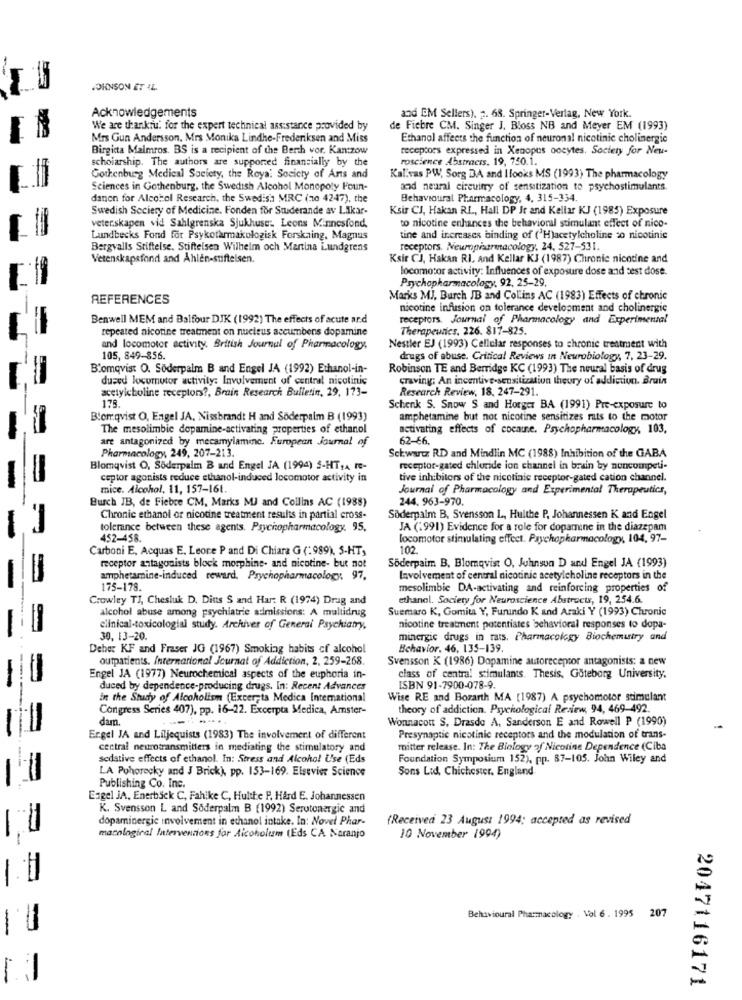
JOHNSON ET AL.
Acknowledgements
and EM Sellers). 2. 68. Springer-Verlag, New York.
We are thankiu: for the expert technical assistance provided by
de Fiebre CM. Singer J. Bloss NB and Meyer EM (1993)
-
Mrs Gun Andersson, Mrs Monika Lindhe-Frederiksen and Miss
Ethanol affects the function of neuronal nicotinic cholinergic
Birgitta Malmros. BS is a recipient of the Berth vor. Kan:zow
receptors expressed in Xenopus oocytes. Society for Neu-
scholarship. The authors are supported financially by the
roscience Abstracts. 19, 750.1.
Gothenburg Medical Society, the Royal Society of Arts and
Kal.vas PW, Sorg BA and Hooks MS (1993) The pharmacology
Sciences in Gothenburg, the Swedish Alcohol Monopoly Foun-
and neural circuitry of sensitization to psychostimulants.
danon for Alcohol Research, the Swedish MRC (zo 4247), the
Behavioural Pharmacology, 4, 315-334.
Swedish Society of Medicine. Fonden for Studerande av Likar-
Ksis CJ, Hakan RL, Hall DP Jr and Kellar KJ (1985) Exposure
veter.skapen vid Sahlgrenska Sjukhuse: Leons Minnesfond,
to nicotine enhances the behavioral stimulant effect of nico-
Lundbecks Fond for Psykotarmakologisk Forskning, Magnus
tine and increases binding of ('H)acetylcholine so nicotinic
Bergvalls Stiftelse. Stiftelsen Wilhelm och Martina Lundgrens
receptors. Neumpharmacology, 24, 527-531.
Vetenskapsfond and Ahlen-stiftelsen.
Ksir CJ, Hakan RI, and Kellar KJ (1987) Chronic nicotine and
locomotor activity: Influences of exposure dose and cest dose.
Psychopharmacology, 92, 25-29,
REFERENCES
Marks MJ, Burch IB and Collins AC (1983) Effects of chronic
nicotine infusion on tolerance development and cholinergic
Benwell MEM and Balfour DJK (1992) The effects of acute ard
receptors. Journal of Pharmacology and Experimental
repeated nicotine treatment on nucleus accumbens dopamine
Therapeutics, 226. 817-825.
and locomotor activity. British Journal of Pharmacology,
Nestler EJ (1993) Cellular responses to chronic treatment with
105, 849-856.
drugs of abuse. Critical Reviews in Neurobiology, 7, 23-29.
Blomqvist O. Söderpalm B and Engel JA (1992) Ethanol-in-
Robinson TE and Berridge KC (1993) The neural basis of drug
duced locomotor activity: Involvement of central nicotinic
craving; An incentive-sensitization theory of addiction. Brain
acetylcholine receptors ?, Brain Research Bulletin, 19, 173-
Research Review, 18, 247-291.
178.
Schenk S. Snow S and Horger BA (1991) Pre-exposure to
Blomqvist O, Engel JA, Nissbrandt H and Söderpalm B (1993)
amphetamine but not nicotine sensitizes rats to the motor
The mesolimbic dopamine-activating properties of ethanol
activating effects of cocaine. Psychopharmacology, 103,
are antagonized by mecamylamine. European Journal of
62-66.
Pharmacology, 249, 207-213.
Schwartz RD and Mindlin MC (1988) Inhibition of the GABA
Blomqvist O, Söderpalm B and Engel JA (1994) 5-HT,A re-
receptor-gated chloride ion channel in bruin by noncompeti-
ceptor agonists reduce ethanol-induced locomotor activity in
tive inhibitors of the nicotinic receptor-gated cation channel.
mice. Alcohol, 11, 157-161.
Journal of Pharmacology and Experimental Therapeutics,
Burch JB, de Fiebre CM, Marks MJ and Collins AC (1988)
244. 963-970.
Chronic ethanol or nicotine treatment results in partial cross-
Siderpalm B. Svensson L, Hulthe P, Johannessen K and Engel
tolerance between these agents. Psychopharmacology. 95,
JA (1991) Evidence for a role for dopamine in the diazepam
452-458.
locomotor stimulating effect. Psychopharmacology, 104, 97-
Carboni E, Acquas E. Leore P and Di Chiara G (:989), 5-HT,
102.
receptor antagonists block morphine- and nicotine- but not
Söderpaim B, Blomqvist O, Juhnson D and Engel JA (1993)
amphetamine-induced reward. Psychopharmacology. 97.
Involvement of central nicotinic acetylcholine receptors in the
175-178.
mesolimbie DA-activating and reinforcing properties of
Crowley TJ, Chesluk D. Ditts S and Har: R (1974) Drag and
ethanol. Society for Neuroscience Abstracts, 19, 254.6.
alcohol abuse among psychiatrie admissions: A multidrug
Suemaro K, Gomita Y, Furundo K and Araki Y (1993) Chronic
clinical-toxicologial study. Archives of General Psychiamy,
nicotine treatment potentiates behavioral responses to dopa-
30, 13-20.
minergic drugs in rats. Pharmacology Biochemistry and
Deher KF and Fraser JG (1967) Smoking habits of alcohol
Behavior. 46, 135-139.
outpatients. International Journal of Addiction, 2, 259-268.
Svensson K (1986) Dopamine autoreceptor antagonists: a new
Engel JA (1977) Neurochemical aspects of the euphoria in-
class of central stimulants. Thesis, Goteborg University.
duced by dependence-producing drugs. In: Recent Advances
ISBN 91-7900-078-9.
in the Study of Alcoholism (Excer,ta Medica International
Wise RE and Borarth MA (1987) A psychomotor stimulant
Congress Series 407), pp. 16-22. Excerpta Medica, Amster-
theory of addiction. Psychological Review, 94, 469-492.
dam.
Wonnacott S, Drasdo A, Sanderson E and Rowell P (1990)
Ergel JA and Liljequists (1983) The involvement of different
Presynaptic nicotinic receptors and the modulation of trans-
central neurotransmitters in mediating the stimulatory and
mitter release. In: The Biology of Nicotine Dependence (Ciba
sedative effects of ethanol. In: Stress and Alcohol Use (Eds
Foundation Symposium 152), pp. 87-105. John Wiley and
LA Pohorecky and J Brick), pp. 153-169. Elsevier Science
Sons Lid, Chichester, England
Publishing Co. Inc.
=
Engel JA, Enerbäck C, Fahike C, Hulthe P. Hård E. Johannessen
K. Svensson L and Soderpalm B (1992) Serotonergic and
dopaminergic involvement in ethanol intake. In: Novel Phar-
(Received 23 August 1994; accepted as revised
-
macological Interventions for Alcoholism (Eds CA Naranjo
10 November 1994)
=
Behavioural Pharmacology . Vol 6. 1995 207
-
2047116171